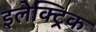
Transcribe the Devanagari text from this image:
इलेक्‍ट्रिक